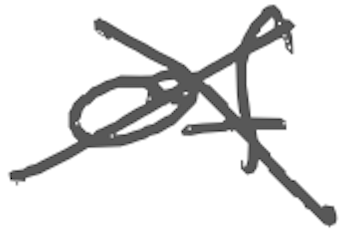
Text: of
Cross-out: mix
Writing tool: digital_gray